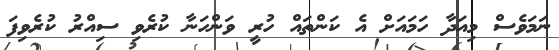
ނަމަވެސް މިއަދާ ހަމައަށް އެ ކަންތައް ހުރީ ވަންހަނާ ކުރެވި ސިއްރު ކުރެވިފަ